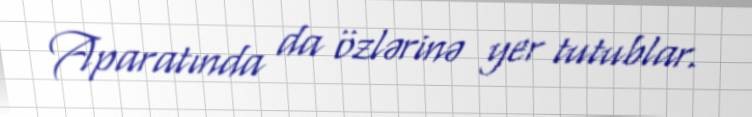
Aparatında da özlərinə yer tutublar.